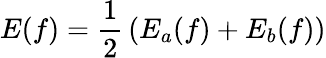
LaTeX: E(f)={\frac{1}{2}}\left(E_{a}(f)+E_{b}(f)\right)